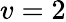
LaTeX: v=2